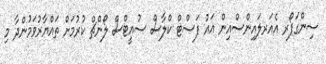
ސިންގަޕޯރ އެއަރލައިންސްއިން އައު ފަސްޓް ކްލާސް ސުއީޓްސް ލޯންޗް ކުރުމަށް ތައްޔާރުވަމުންދާ މި